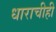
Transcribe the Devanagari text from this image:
धाराचीही